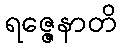
ရဇ္ဇေနာတိ